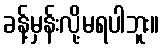
ခန့်မှန်းလို့မရပါဘူး။